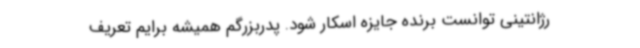
رژانتینی توانست برنده جایزه اسکار شود. پدربزرگم همیشه برایم تعریف